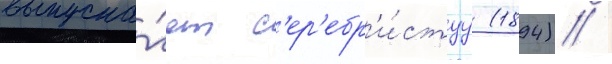
выпуска́ет с'ер'ебр'и́стуу (1894) /